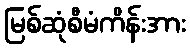
မြစ်ဆုံစီမံကိန်းအား